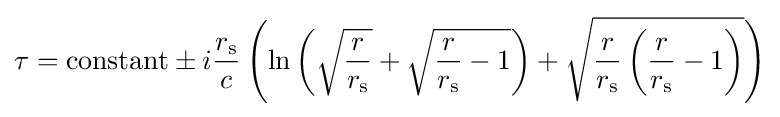
\tau ={\text{constant}}\pm i{\frac {r_{\text{s}}}{c}}\left(\ln \left({\sqrt {\frac {r}{r_{\text{s}}}}}+{\sqrt {{\frac {r}{r_{\text{s}}}}-1}}\right)+{\sqrt {{\frac {r}{r_{\text{s}}}}\left({\frac {r}{r_{\text{s}}}}-1\right)}}\right)